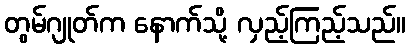
တွမ်ဂျုတ်က နောက်သို့ လှည့်ကြည့်သည်။